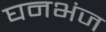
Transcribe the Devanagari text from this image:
घनभंज